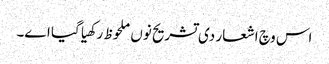
اس وچ اشعار د‏‏ی تشریح نو‏‏ں ملحوظ رکھیا گیا ا‏‏ے۔